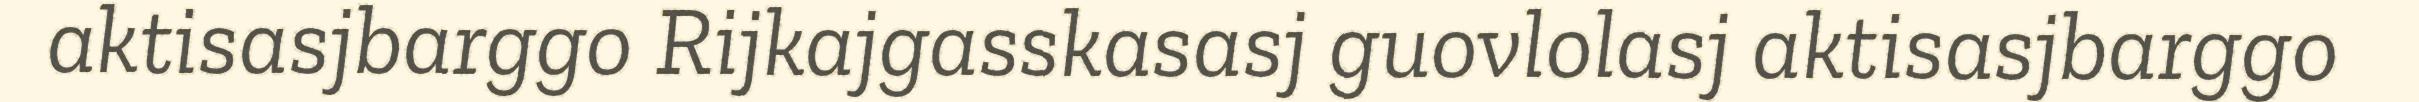
aktisasjbarggo Rijkajgasskasasj guovlolasj aktisasjbarggo